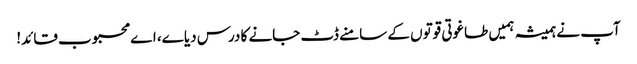
آپ نے ہمیشہ ہمیں طاغوتی قوتوں کے سامنے ڈٹ جانے کا درس دیا ے، اے محبوب قائد!